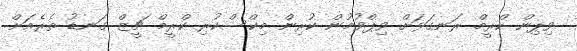
ވިޕިން ކްރީމް ރަނގަޅަށް ވިޕްވުމުން ކުރިން މިކްސްކުރި ކްރީމް ޗީޒް ގަނޑު ތެރެއަށް